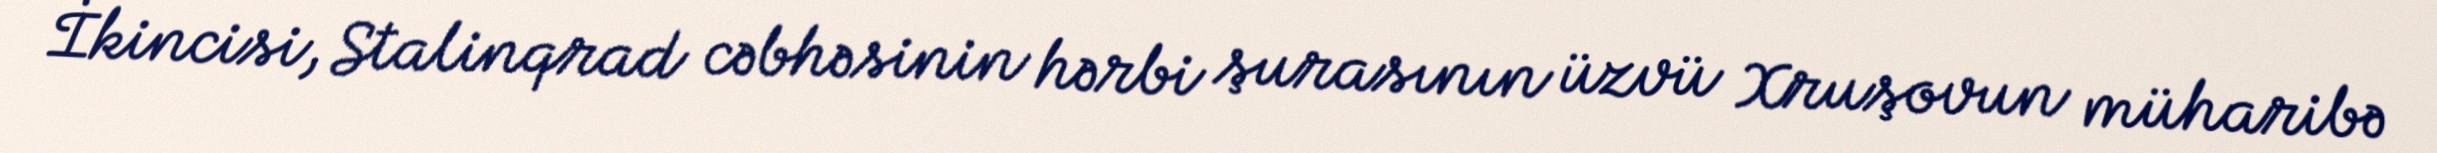
İkincisi, Stalinqrad cəbhəsinin hərbi şurasının üzvü Xruşovun müharibə